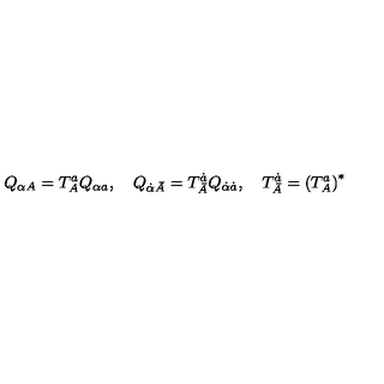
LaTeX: Q _ { \alpha A } = T _ { A } ^ { a } Q _ { \alpha a } , \quad Q _ { \dot { \alpha } \bar { A } } = T _ { \bar { A } } ^ { \dot { a } } Q _ { \dot { \alpha } \dot { a } } , \quad T _ { \bar { A } } ^ { \dot { a } } = \left( T _ { A } ^ { a } \right) ^ { * }